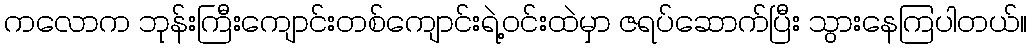
ကလောက ဘုန်းကြီးကျောင်းတစ်ကျောင်းရဲ့ဝင်းထဲမှာ ဇရပ်ဆောက်ပြီး သွားနေကြပါတယ်။